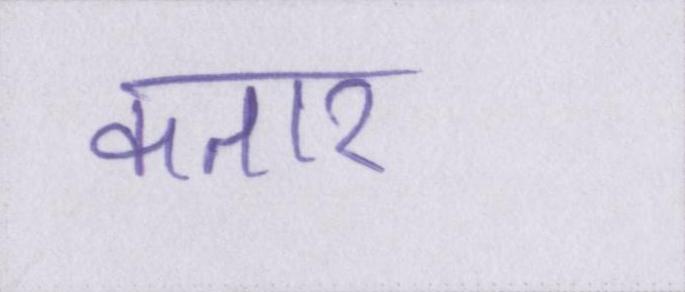
कतार